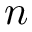
n